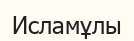
Исламұлы